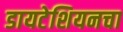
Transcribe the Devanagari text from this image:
डायटेशियनचा